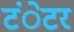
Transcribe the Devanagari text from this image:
टंेटर